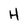
Character: H